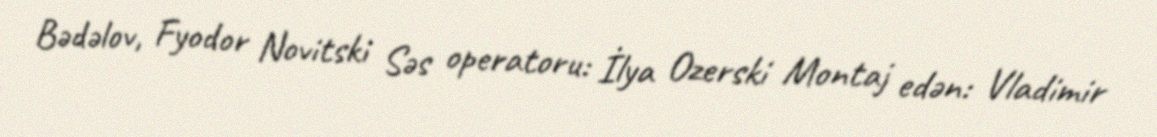
Bədəlov, Fyodor Novitski Səs operatoru: İlya Ozerski Montaj edən: Vladimir